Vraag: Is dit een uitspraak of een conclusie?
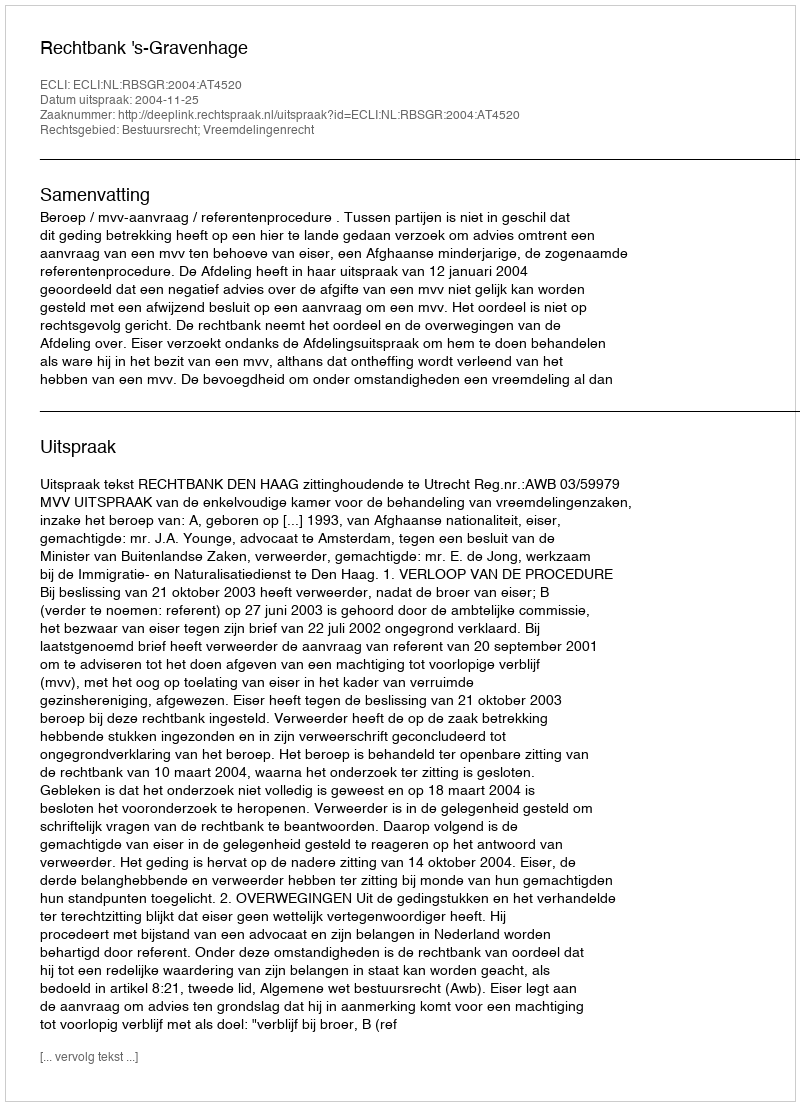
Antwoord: Uitspraak